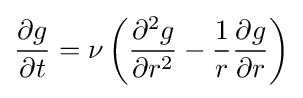
{\frac {\partial g}{\partial t}}=\nu \left({\frac {\partial ^{2}g}{\partial r^{2}}}-{\frac {1}{r}}{\frac {\partial g}{\partial r}}\right)